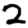
Digit: 2